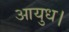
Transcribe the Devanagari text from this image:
आयुध।